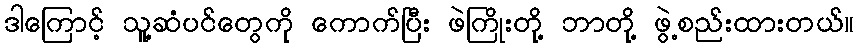
ဒါကြောင့် သူ့ဆံပင်တွေကို ကောက်ပြီး ဖဲကြိုးတို့ ဘာတို့ ဖွဲ့စည်းထားတယ်။